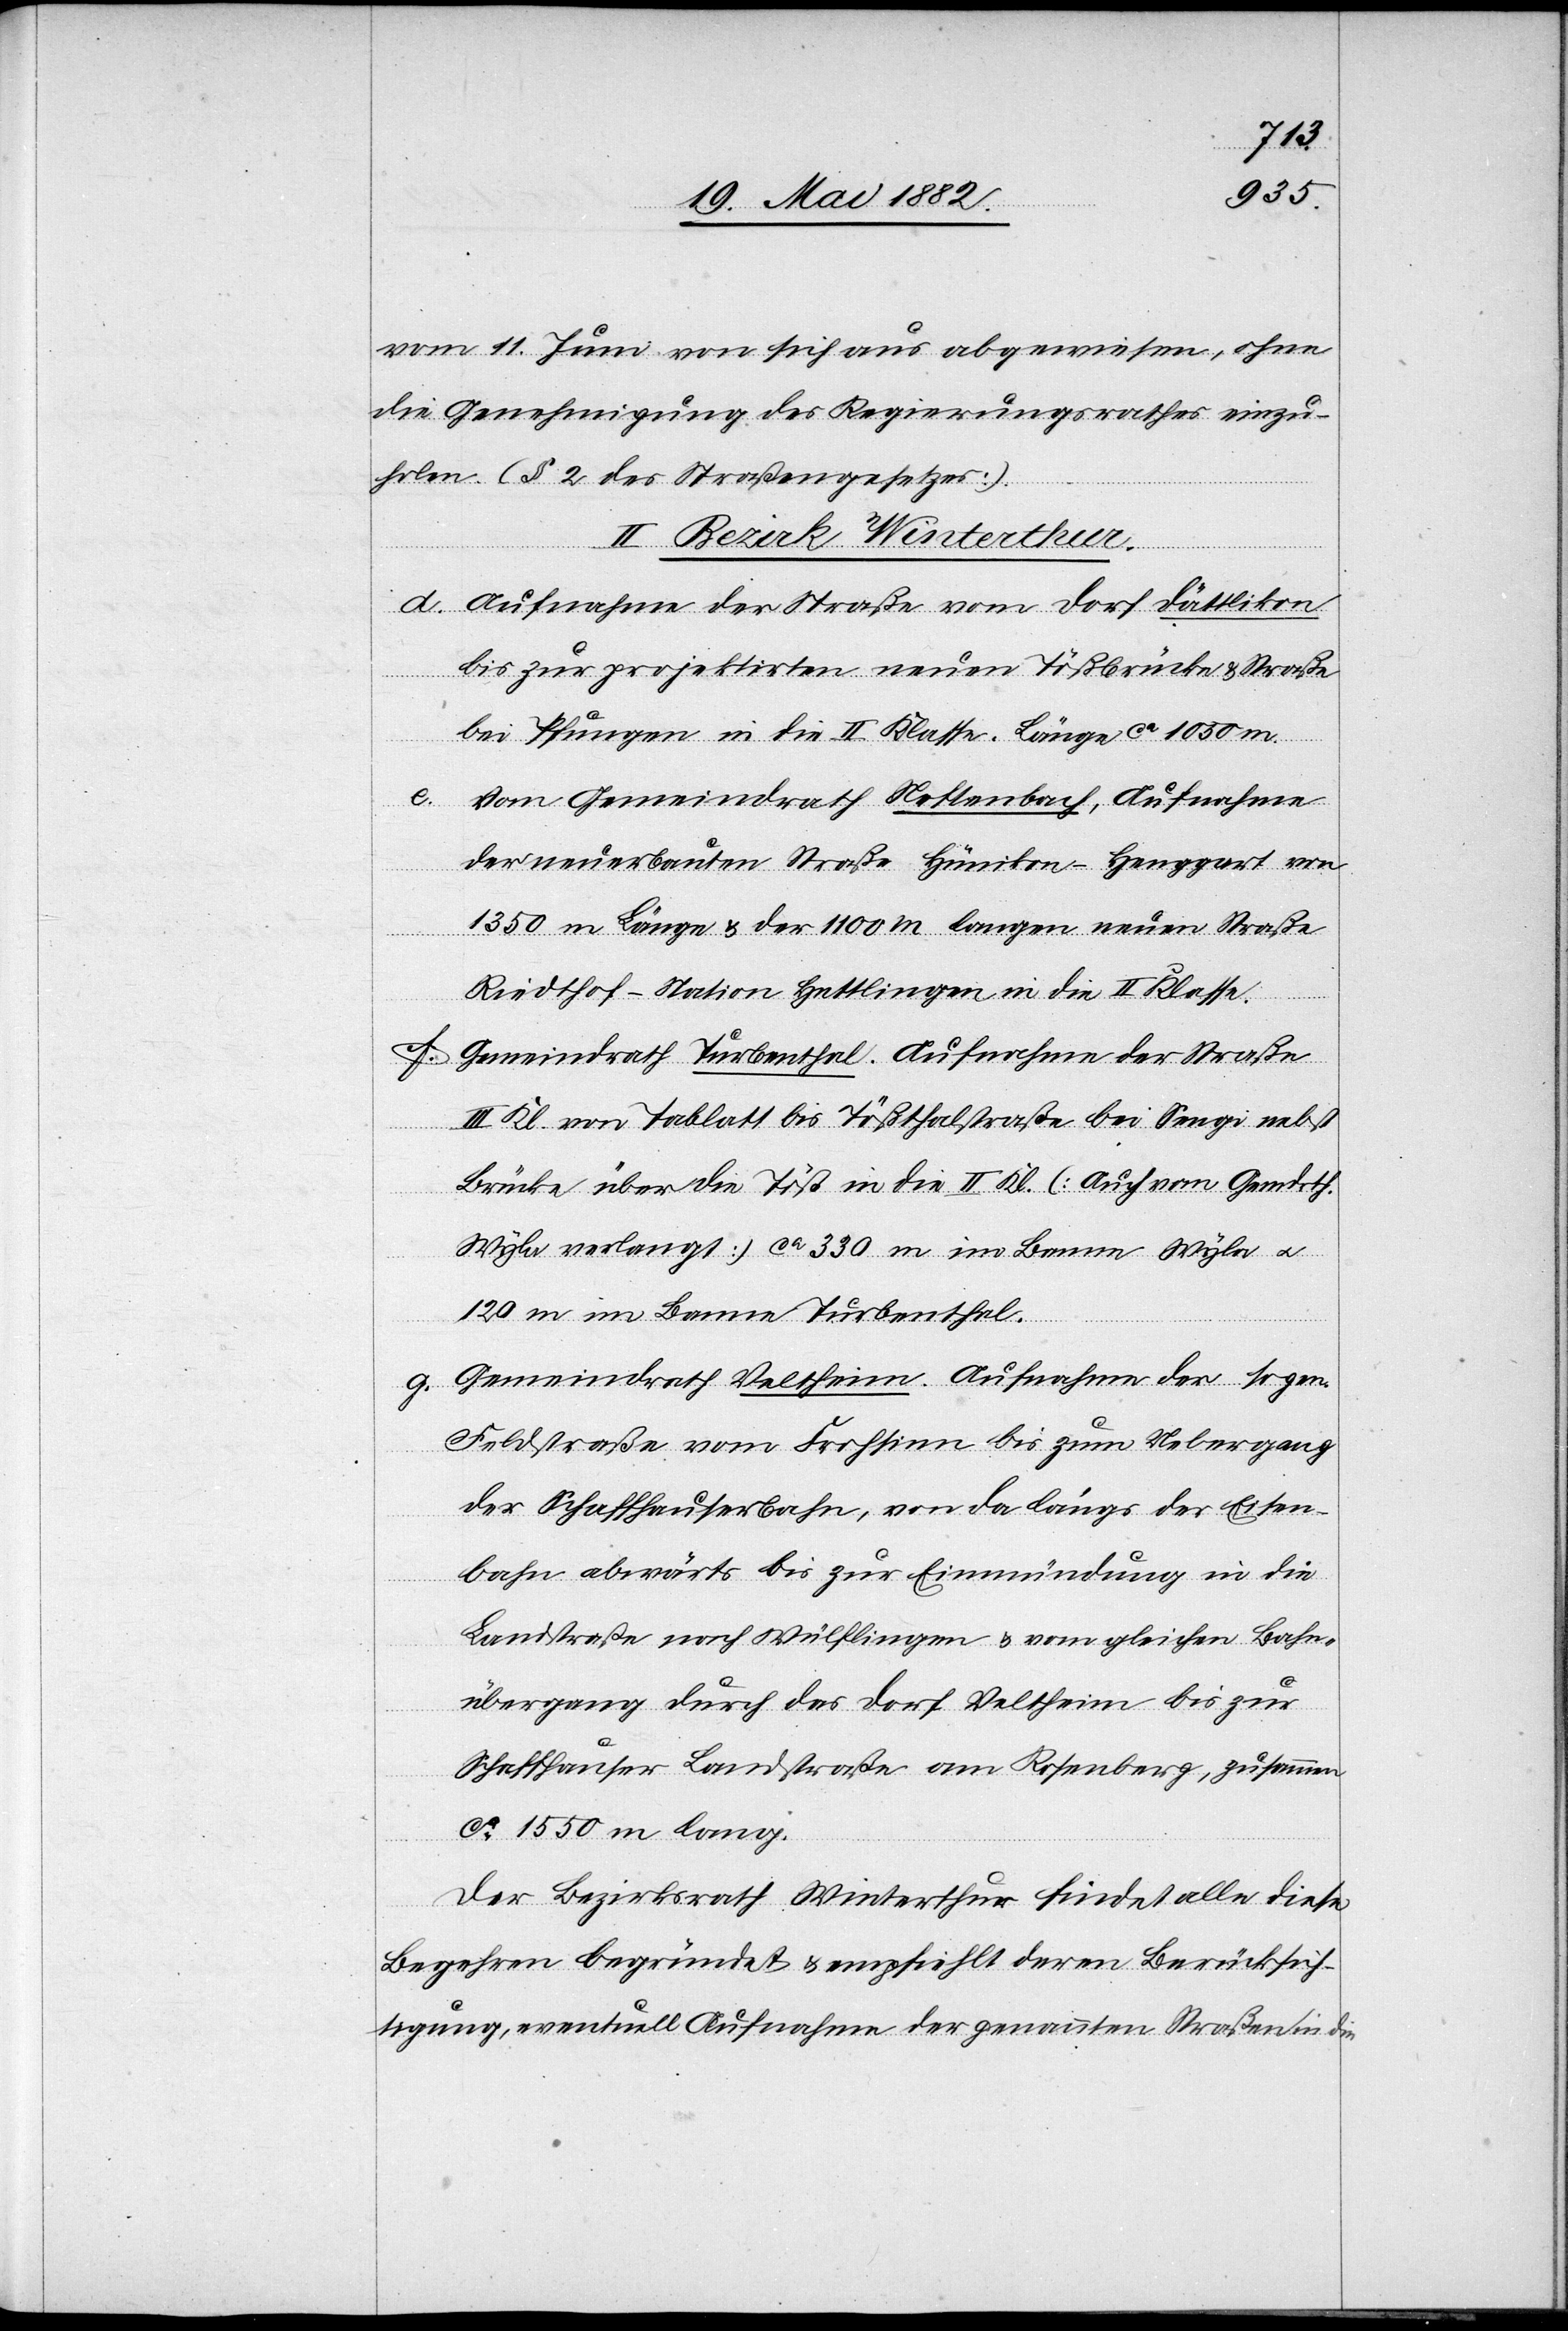
vom 11. Juni von sich aus abgewiesen, ohne
die Genehmigung des Regierungsrathes einzu¬
holen. (§ 2 des Straßengesetzes).
II. Bezirk Winterthur.
ic!]
d. Aufnahme der Straße vom Dorf Dättlikon
bis zur projektirten neuen Tößbrücke & Straße
en
bei Pfungen in die II. Klasse. Länge ca 1050 m.
e. Vom Gemeindrath Neftenbach, Aufnahme
der neuerbauten Straße Hünikon–Henggart von
1350 m Länge & der 1100 m langen neuen Straße
Riedthof–Station Hettlingen in die II. Klasse.
f.
Gemeindrath Turbenthal. Aufnahme der Straße
III. Kl. von Tablatt [sic!] bis Tößthalstraße bei Sengi [s¬
Brücke über die Töß in die II. Kl. (auch vom Gemdrth.
Wyla verlangt) ca 330 m im Banne Wyla u.
120 m im Banne Turbenthal.
g. Gemeindrath Veltheim. Aufnahme der sogen.
Feldstraße vom Frohsinn bis zum Uebergang
der Schaffhauserbahn, von da längs der Eisen¬
bahn abwärts bis zur Einmündung in die
Landstraße nach Wülflingen & vom gleichen Bahn¬
übergang durch das Dorf Veltheim bis zur
Schaffhauser Landstraße am Rosenberg, zusamm¬
ca 1550 m lang.
Der Bezirksrath Winterthur findet alle diese
Begehren begründet & empfiehlt deren Berücksich¬
tigung, eventuell Aufnahme der genannten Straßen in die